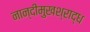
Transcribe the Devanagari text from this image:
नान्दीमुखश्राद्ध